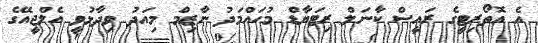
އެ އޮތޯރިޓީގެ ރައީސް ކާނަލް ރިޓަޔާޑް މުހައްމަދު ނާޒިމް މިއަދު ވިދާޅުވީ އެލްޖީއޭގެ